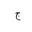
Letter: _gim